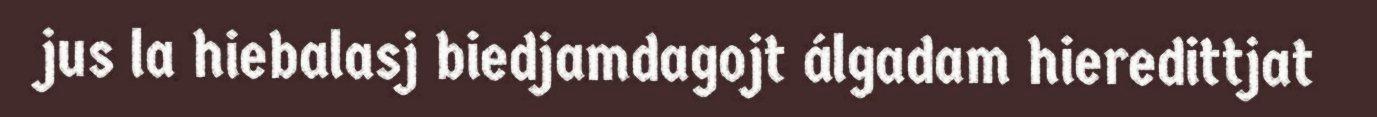
jus la hiebalasj biedjamdagojt álgadam hieredittjat